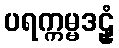
ပရက္ကမ္မဒဠှံ